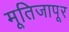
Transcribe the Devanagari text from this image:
मूतिजापूर